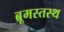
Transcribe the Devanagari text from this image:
ब्रूमस्तस्थ